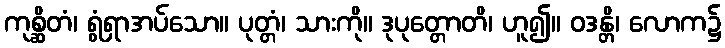
ကုစ္ဆိတံ၊ ရွံရှာအပ်သော။ ပုတ္တံ၊ သားကို။ ဒုပုတ္တောတိ၊ ဟူ၍။ ဝဒန္တိ၊ လောက၌